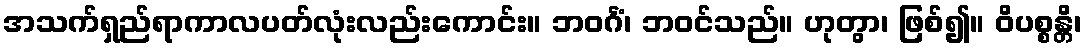
အသက်ရှည်ရာကာလပတ်လုံးလည်းကောင်း။ ဘဝင်္ဂံ၊ ဘဝင်သည်။ ဟုတွာ၊ ဖြစ်၍။ ဝိပစ္စန္တိ၊